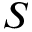
S